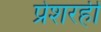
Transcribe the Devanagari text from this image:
प्रेशरही